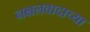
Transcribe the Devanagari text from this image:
नक्षलवादाच्या